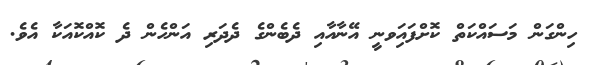
ހިންގަން މަސައްކަތް ކޮށްފައިަވނީ އޭނާއާއި ދެބެންގެ ދެދަރި އަންހެން ދެ ކޮއްކޮއަކާ އެވެ.